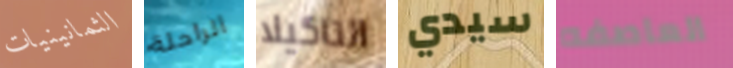
الثمانينيات الراحلة التاكيلا سيدي العاصفه